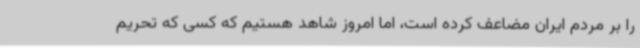
را بر مردم ایران مضاعف کرده است، اما امروز شاهد هستیم که کسی که تحریم